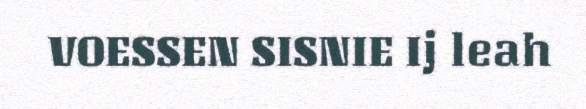
VOESSEN SISNIE Ij leah